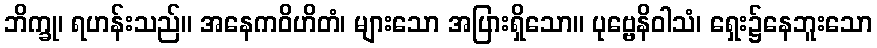
ဘိက္ခု၊ ရဟန်းသည်။ အနေကဝိဟိတံ၊ များသော အပြားရှိသော။ ပုဗ္ဗေနိဝါသံ၊ ရှေး၌နေဘူးသော